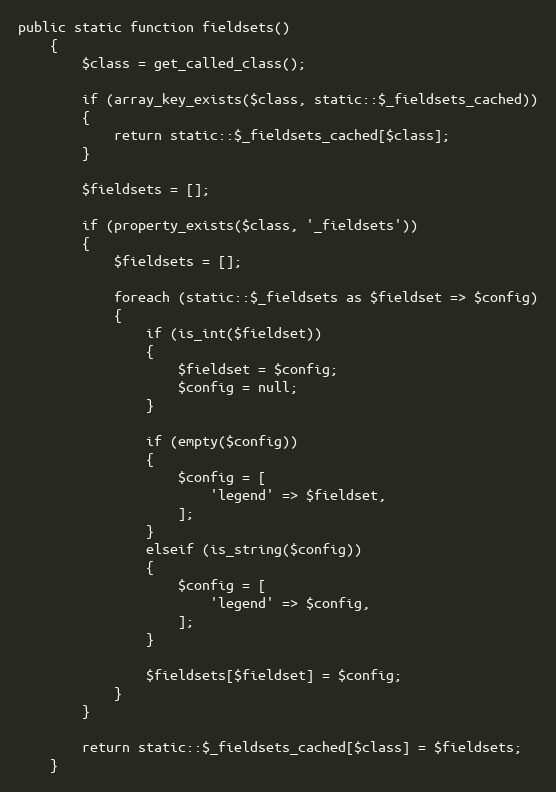
Language: PHP
public static function fieldsets()
	{
		$class = get_called_class();

		if (array_key_exists($class, static::$_fieldsets_cached))
		{
			return static::$_fieldsets_cached[$class];
		}

		$fieldsets = [];

		if (property_exists($class, '_fieldsets'))
		{
			$fieldsets = [];

			foreach (static::$_fieldsets as $fieldset => $config)
			{
				if (is_int($fieldset))
				{
					$fieldset = $config;
					$config = null;
				}

				if (empty($config))
				{
					$config = [
						'legend' => $fieldset,
					];
				}
				elseif (is_string($config))
				{
					$config = [
						'legend' => $config,
					];
				}

				$fieldsets[$fieldset] = $config;
			}
		}

		return static::$_fieldsets_cached[$class] = $fieldsets;
	}